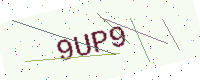
Text: 9UP9